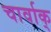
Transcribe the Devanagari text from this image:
चार्वाक्